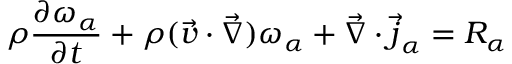
\rho \frac { \partial \omega _ { \alpha } } { \partial t } + \rho ( \Vec { \boldsymbol { v } } \cdot \Vec { \boldsymbol { \nabla } } ) \omega _ { \alpha } + \Vec { \boldsymbol { \nabla } } \cdot \Vec { \boldsymbol { j } } _ { \alpha } = R _ { \alpha }